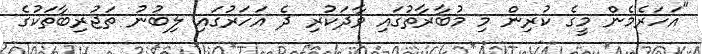
"އަހަރެމެން މީގެ ކުރިން މި މުބާރާތުގައި ވާދަކުރި ދެ އަހަރުގައި ލިބުނު ތަޖުރިބާތަކުގެ